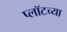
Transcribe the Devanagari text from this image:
प्लॉटच्या